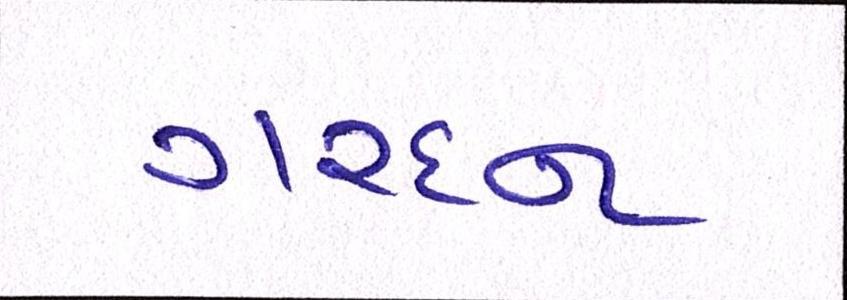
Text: ગરદન